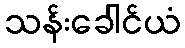
သန်းခေါင်ယံ